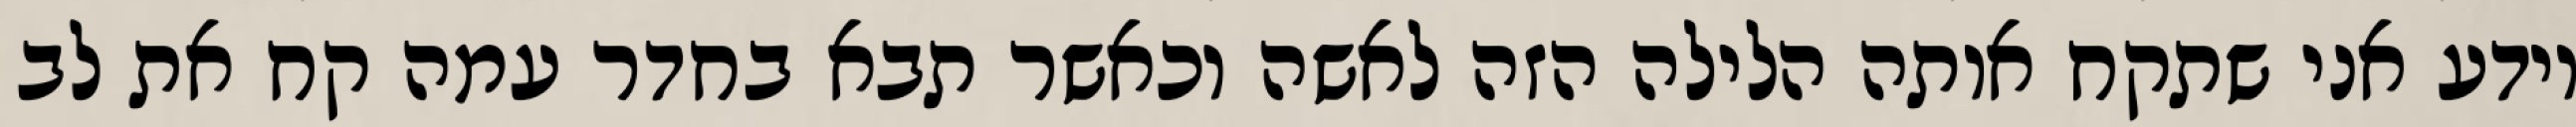
יודע אני שתקח אותה הלילה הזה לאשה וכאשר תבא בחדר עמה קח את לב